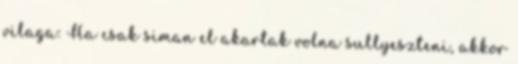
vilaga: Ha csak siman el akartak volna sullyeszteni, akkor